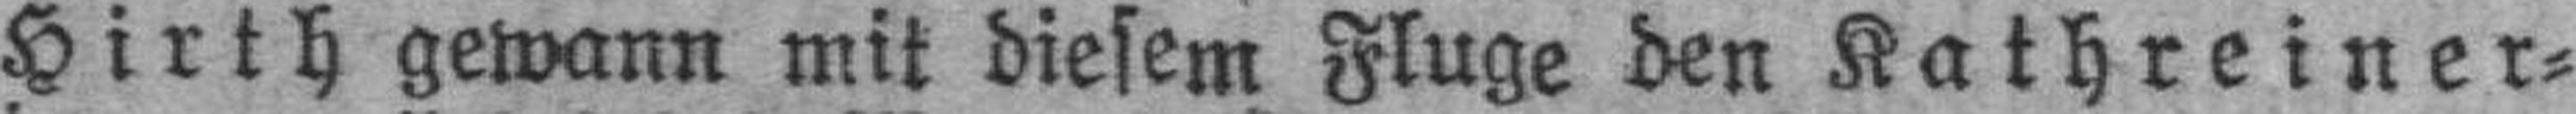
Hirth gewann mit diesem Fluge den Kathreiner=